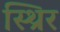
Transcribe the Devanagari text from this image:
स्थ्रिर